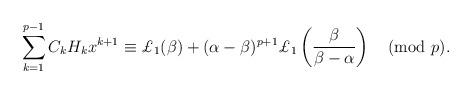
LaTeX: \begin{align*}\sum_{k=1}^{p-1}C_kH_kx^{k+1}\equiv\pounds_1(\beta)+(\alpha-\beta)^{p+1}\pounds_1\left(\frac{\beta}{\beta-\alpha}\right)\pmod{p}.\end{align*}